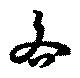
吝